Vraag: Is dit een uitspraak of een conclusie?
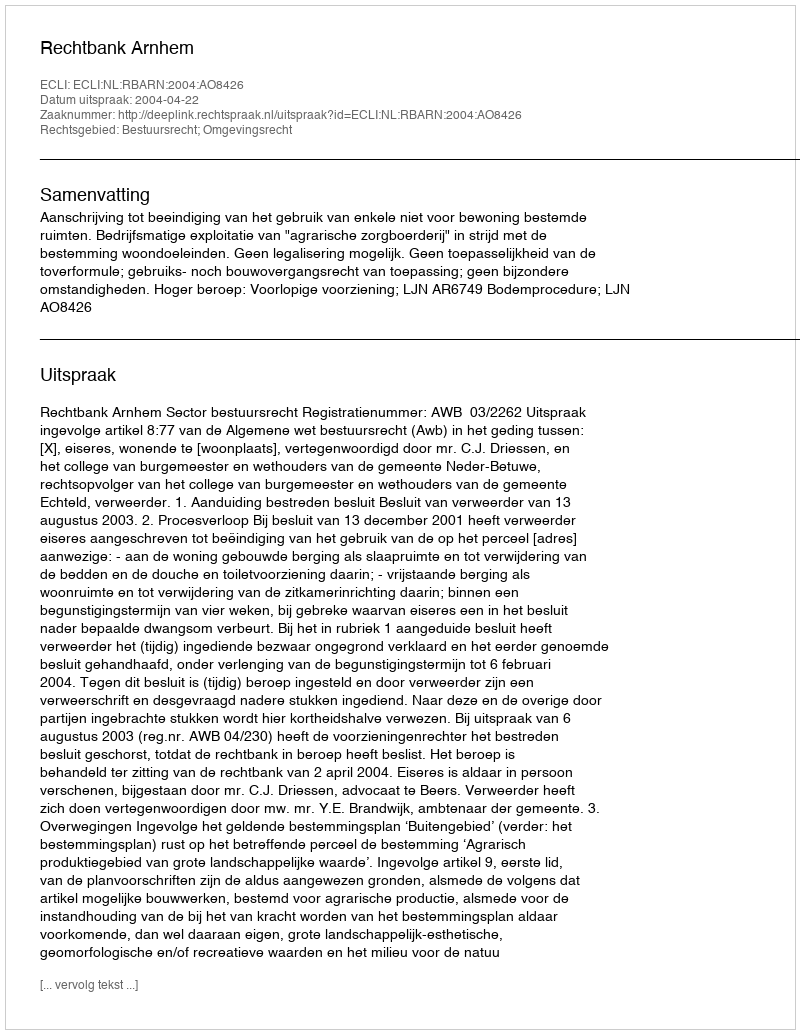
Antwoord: Uitspraak